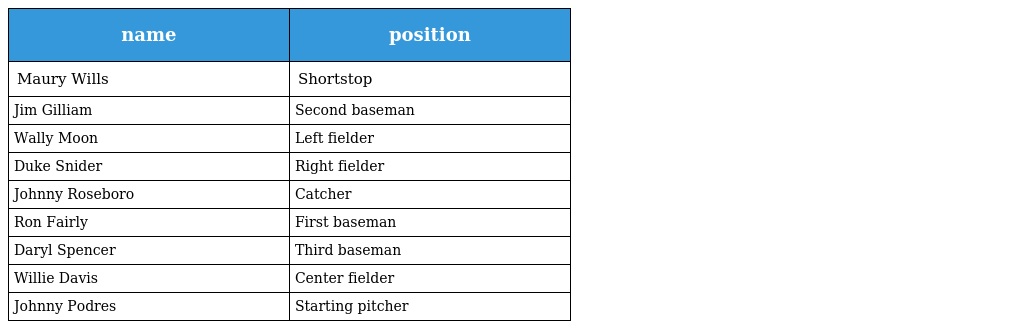
| name | position |
 | --- | --- |
 | Maury Wills | Shortstop |
 | Jim Gilliam | Second baseman |
 | Wally Moon | Left fielder |
 | Duke Snider | Right fielder |
 | Johnny Roseboro | Catcher |
 | Ron Fairly | First baseman |
 | Daryl Spencer | Third baseman |
 | Willie Davis | Center fielder |
 | Johnny Podres | Starting pitcher |